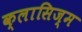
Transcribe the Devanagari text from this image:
क्लासिज्म